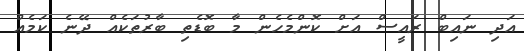
އަދި ނައިބް ރައީސް އަށް ކޮންމެހެން މާ ބޮޑެތި ބާރުތަކެއް ދޭނެ ކަމެއް